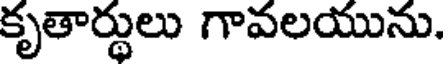
కృతార్థులు గావలయును.